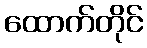
ထောက်တိုင်